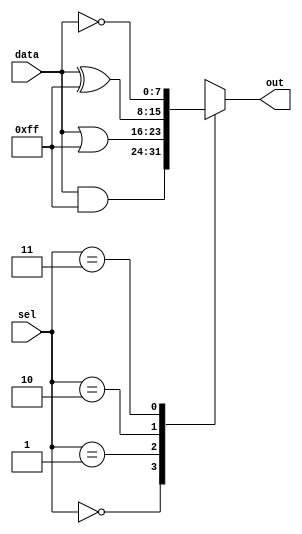
module parallel_case_statement (
    input [1:0] sel,
    input [7:0] data,
    output reg [7:0] out
);

always @* begin
    case (sel)
        2'b00: out = data & 8'hFF; // Bitwise AND with 0xFF
        2'b01: out = data | 8'hFF; // Bitwise OR with 0xFF
        2'b10: out = data ^ 8'hFF; // Bitwise XOR with 0xFF
        2'b11: out = ~data; // Bitwise negation
        default: out = 8'h00; // Default case
    endcase
end

endmodule